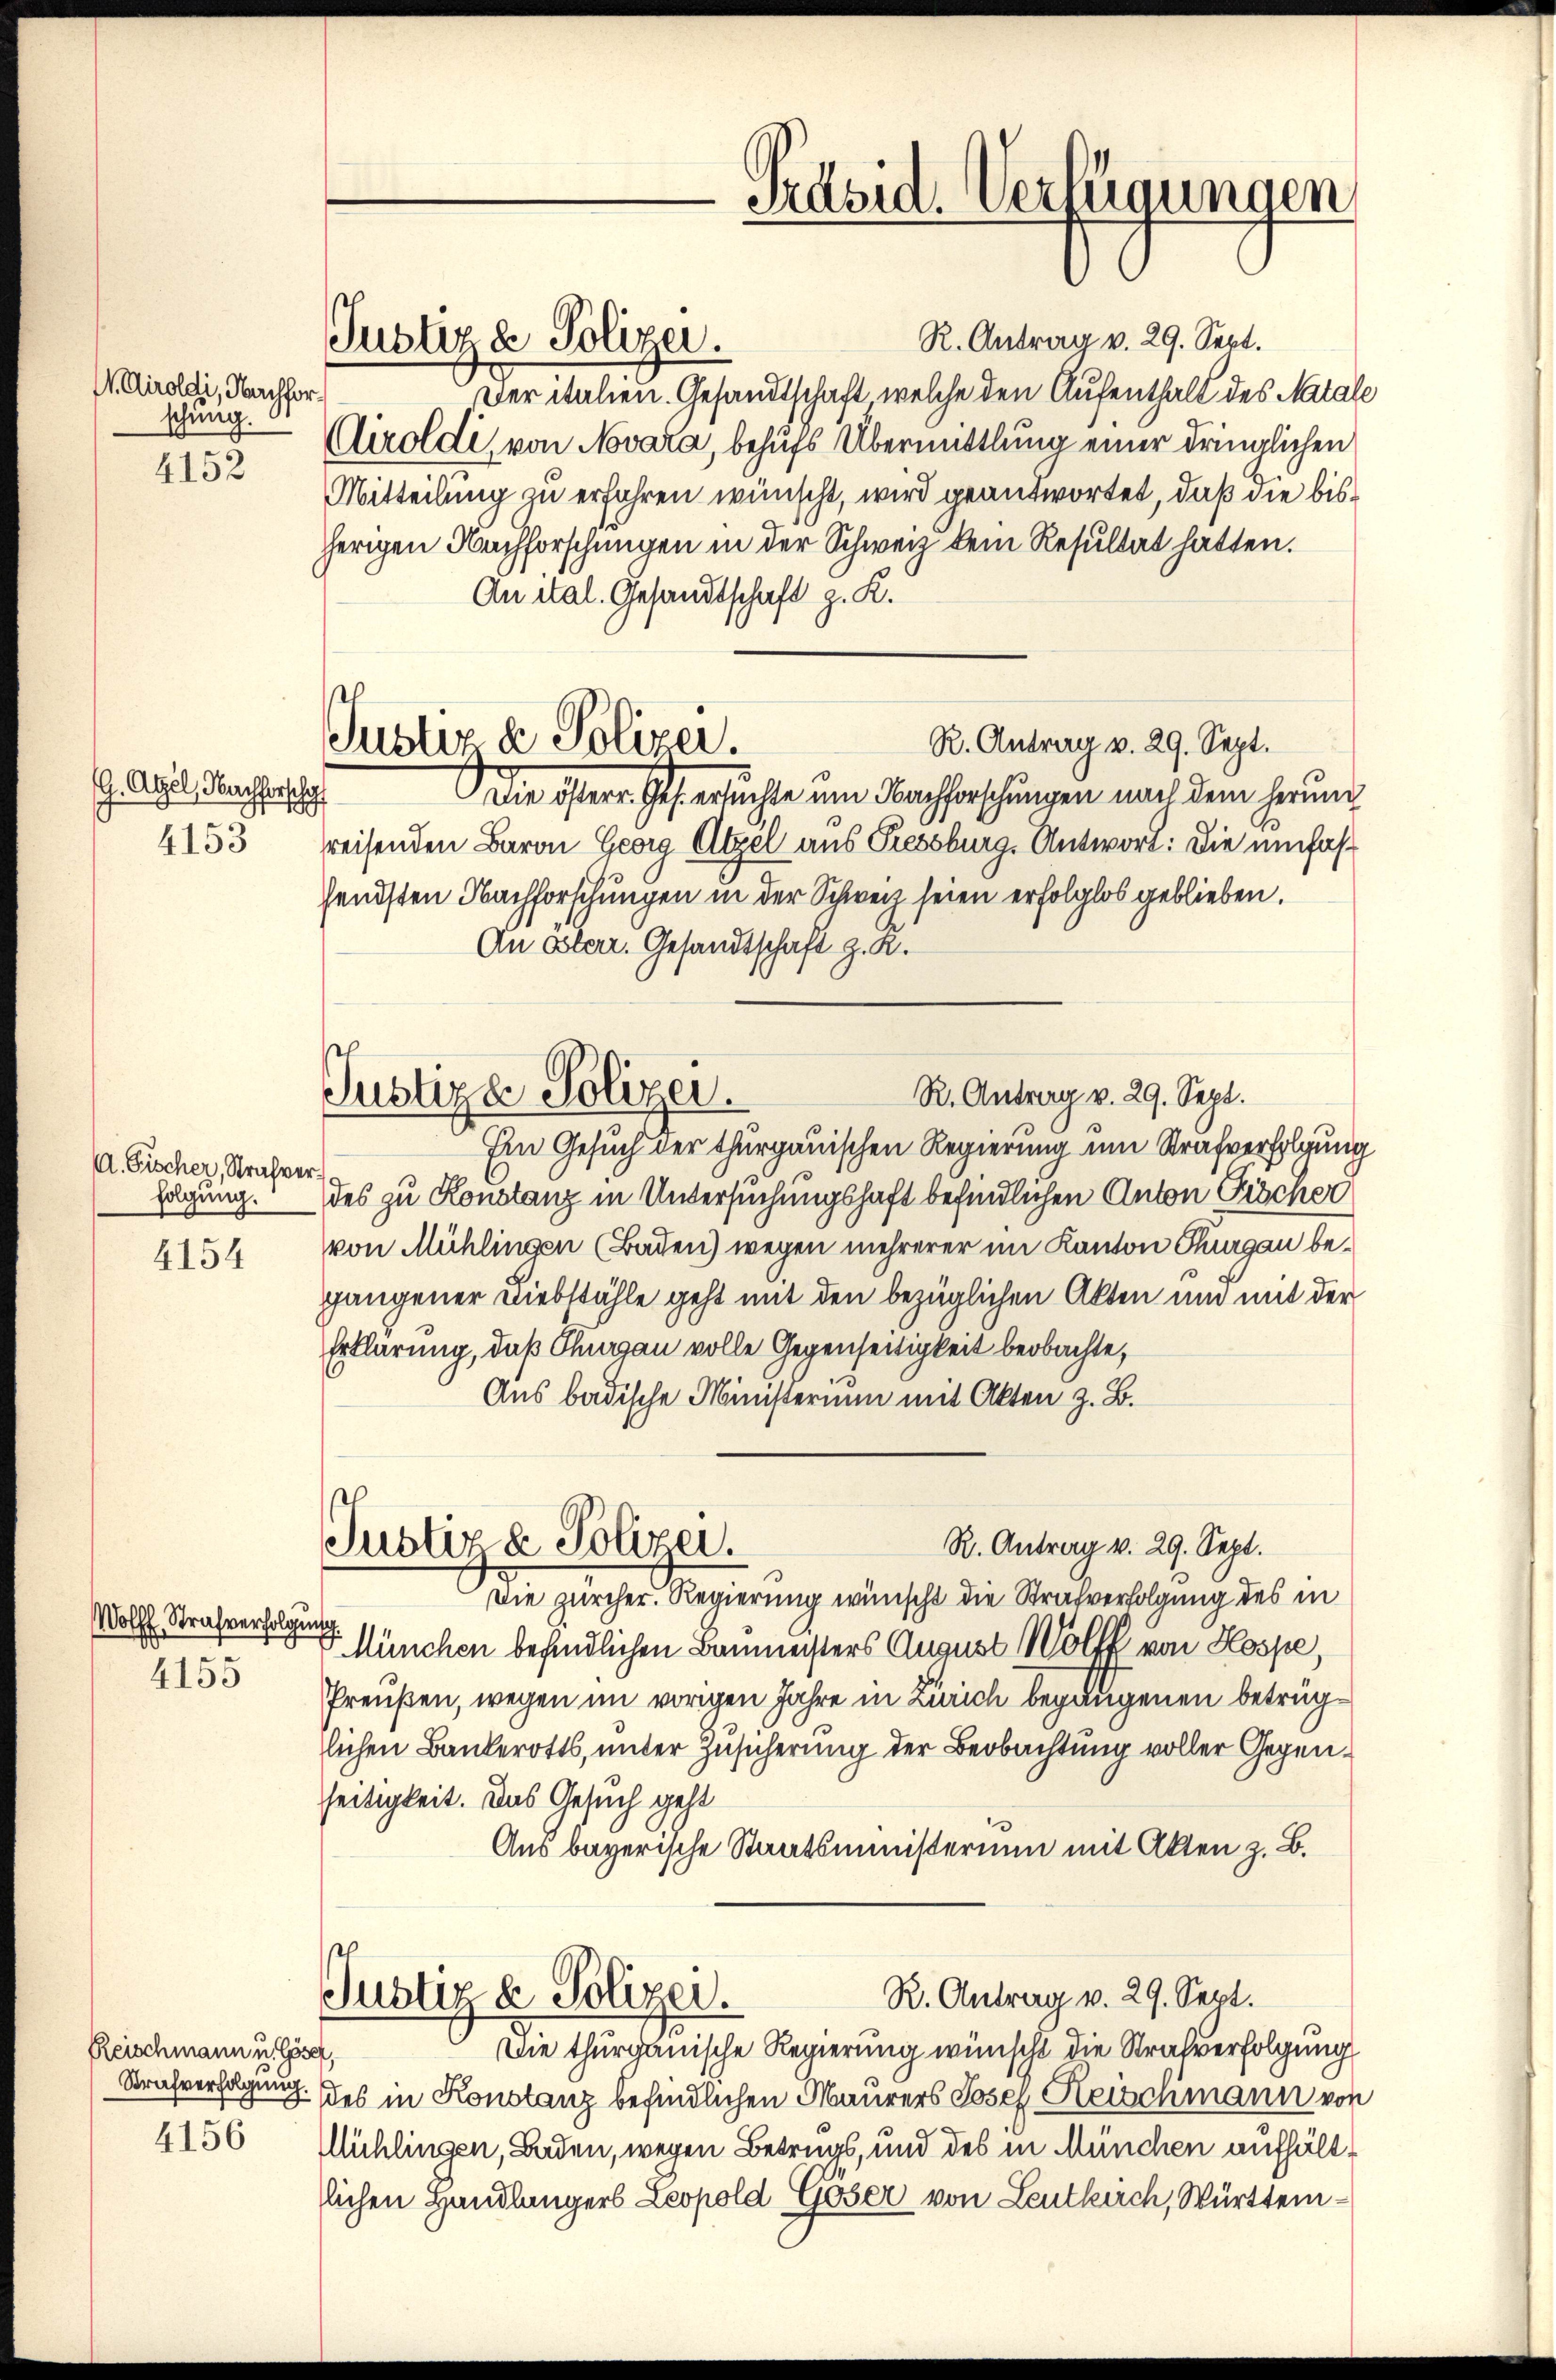
Airoldi, Nachforschung.
4152

G. Atzel, Nachforschaf
4153

A. Fischer, Strafverfolgung.

4154

Wolff Strafverfolgung
4155

Reischmann u. Göser,
Strafverfolgung
4156

Justiz & Polizei.

R. Antrag v. 29. Sept.
Justiz & Polizei.
Der italien. Gesandtschaft, welche den Aufenthalt des Matale
Airoldi, von Novara, behufs Übermittlung einer dringlichen
Mitteilung zu erfahren wünscht, wird geantwortet, daß die bisherigen Nachforschungen in der Schweiz kein Resultat hatten.
An ital. Gesandtschaft z. K.
R. Antrag v. 29. Sept.
Die östere Ges. ersuchte um Nachforschungen nach dem herun
reisenden Baron Georg Atzel aus Piessburg. Antwort: Die umfassendsten Nachforschungen in der Schweiz seien erfolglos geblieben.
An Osterr. Gesandtschaft z. R.
R. Antrag v. 29. Sept.
Ein Gesuch der thurgauischen Regierung um Strafverfolgung
des zu Konstanz in Untersuchungshaft befindlichen Anton Fischer
von Mühlingen (Baden) wegen mehrerer im Kanton Thurgau begangener Diebstähle geht mit den bezüglichen Akten und mit der
Erklärung, daß Thurgau volle Gegenseitigkeit beobachte,
Aus badische Ministerium mit Akten z. B.
R. Antrag v. 29. Sept.
Justiz & Polizei.
Die zürcher. Regierung wünscht die Strafverfolgung des in
v. München befindlichen Baumeisters August Wölff von Hospe,
Preußen, wegen im vorigen Jahre in Zürich begangenen betrüglichen Baukerotts, unter Zusicherung der Beobachtung voller Gegenseitigkeit. Das Gesuch geht
Aus bayerische Staatsministerium mit Akten z. B.
R. Antrag v. 29. Sept.
Justiz & Polizer.
Die thurgauische Regierung wünscht die Strafverfolgung
des in Konstanz befindlichen Maurers Josef Heischmann von
Michlingen, Baden, wegen Betrugs, und des in München aufhältslichen Handlungers Leopold Göser von Leutkirch, Württem¬

Justiza Polizei.

Präsid. Verfügungen